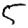
Digit: 5